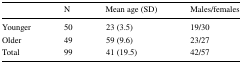
<table><thead><tr><td></td><td><b>N</b></td><td><b>Mean age (SD)</b></td><td><b>Males/females</b></td></tr></thead><tbody><tr><td>Younger</td><td>50</td><td>23 (3.5)</td><td>19/30</td></tr><tr><td>Older</td><td>49</td><td>59 (9.6)</td><td>23/27</td></tr><tr><td>Total</td><td>99</td><td>41 (19.5)</td><td>42/57</td></tr></tbody></table>